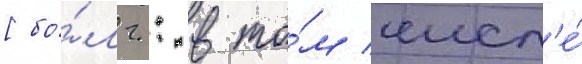
[бо́лг.: в то́м числ'е́